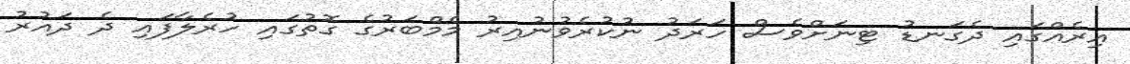
އިރެއްގައި ދެގަނޑު ޓިނަށްވެސް ހަރަދު ނުކުރެވުނުއިރު މެމްބަރުގެ ގޮތުގައި ހުރެލާފައި ދެ ދައުރު